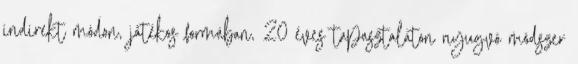
indirekt módon, játékos formában, 20 éves tapasztalaton nyugvó módszer